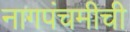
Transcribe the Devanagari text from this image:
नागपंचमीची